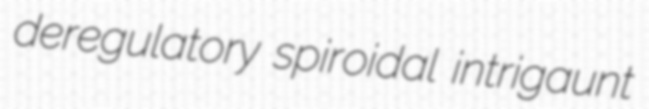
deregulatory spiroidal intrigaunt